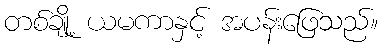
တစ်ချို့ ယမကာနှင့် အပန်းဖြေသည်။